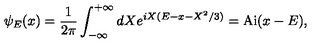
\psi _ { E } ( x ) = \frac { 1 } { 2 \pi } \int _ { - \infty } ^ { + \infty } d X e ^ { i X ( E - x - X ^ { 2 } / 3 ) } = \mathrm { A i } ( x - E ) ,